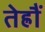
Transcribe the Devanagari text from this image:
तेह्रौं